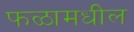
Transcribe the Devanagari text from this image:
फळामधील